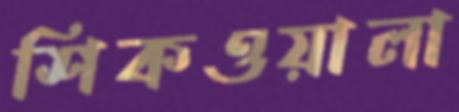
শিকওয়ালা